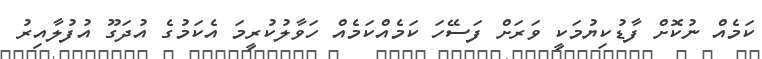
ކަމެއް ނުކޮށް ފާޑުކިޔުމަކީ ވަރަށް ފަސޭހަ ކަމެއްކަމެއް ހަވާލުކުރީމަ އެކަމުގެ އުދަގޫ އުފުލާއިރު